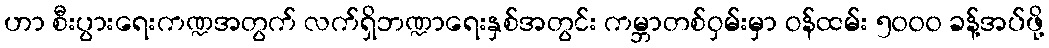
ဟာ စီးပွားရေးကဏ္ဍအတွက် လက်ရှိဘဏ္ဍာရေးနှစ်အတွင်း ကမ္ဘာတစ်ဝှမ်းမှာ ဝန်ထမ်း ၅၀၀၀ ခန့်အပ်ဖို့